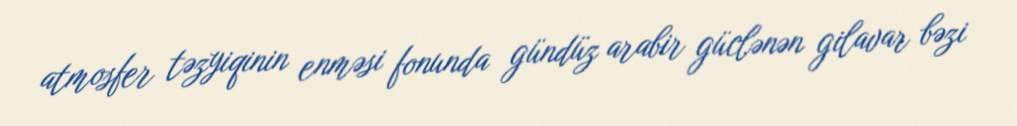
atmosfer təzyiqinin enməsi fonunda gündüz arabir güclənən gilavar bəzi